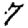
Digit: 7